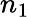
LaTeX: n_{1}